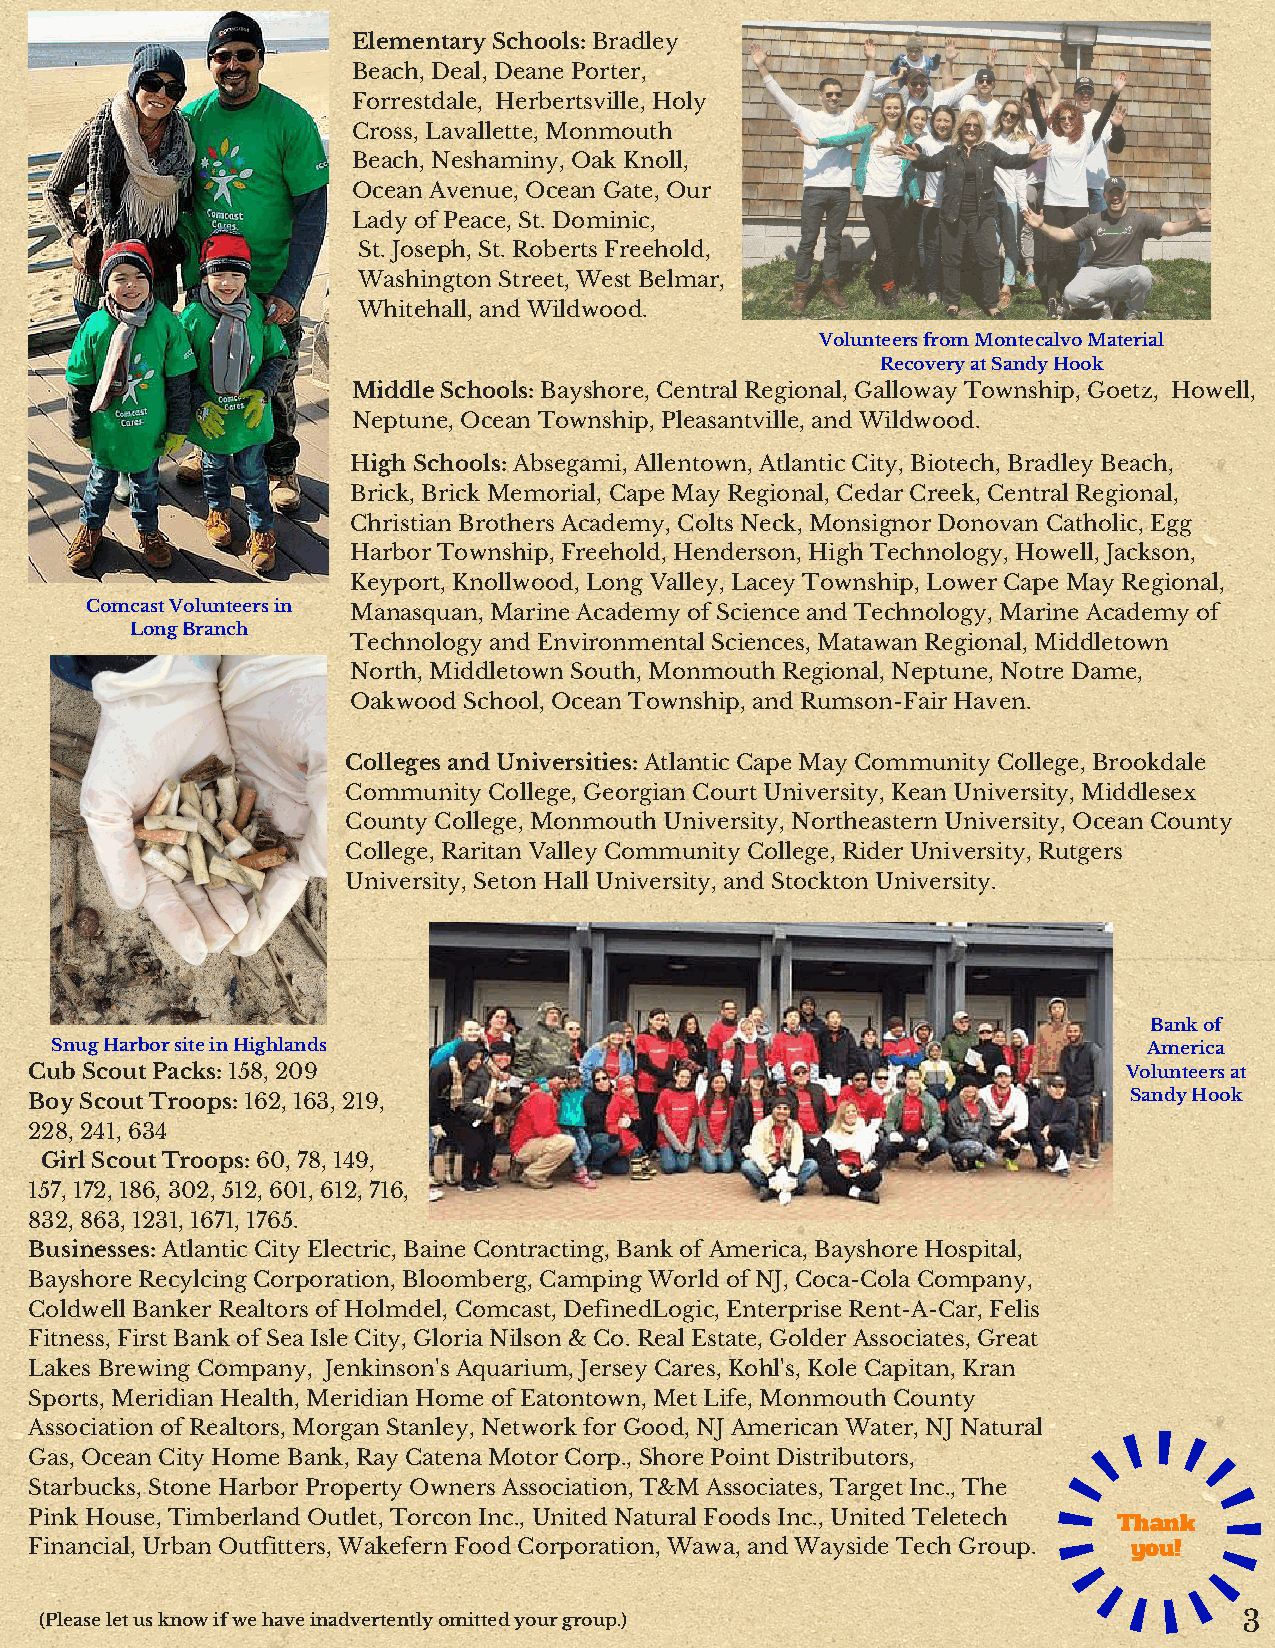
Elementary Schools: Bradley
 Beach, Deal, Deane Porter,
 Forrestdale, Herbertsville, Holy
 Cross, Lavallette, Monmouth
 Beach, Neshaminy, Oak Knoll,
 Ocean Avenue, Ocean Gate, Our
 Lady of Peace, St. Dominic,
 St. Joseph, St. Roberts Freehold,
 Washington Street, West Belmar,
 Whitehall, and Wildwood.
 Volunteers from Montecalvo Material
 Recovery at Sandy Hook
 Middle Schools: Bayshore, Central Regional, Galloway Township, Goetz, Howell,
 Neptune, Ocean Township, Pleasantville, and Wildwood.
 High Schools: Absegami, Allentown, Atlantic City, Biotech, Bradley Beach,
 Brick, Brick Memorial, Cape May Regional, Cedar Creek, Central Regional,
 Christian Brothers Academy, Colts Neck, Monsignor Donovan Catholic, Egg
 Harbor Township, Freehold, Henderson, High Technology, Howell, Jackson,
 Keyport, Knollwood, Long Valley, Lacey Township, Lower Cape May Regional,
 Comcast Volunteers in Manasquan, Marine Academy of Science and Technology, Marine Academy of
 Long Branch
 Technology and Environmental Sciences, Matawan Regional, Middletown
 North, Middletown South, Monmouth Regional, Neptune, Notre Dame,
 Oakwood School, Ocean Township, and Rumson-Fair Haven.
 Colleges and Universities: Atlantic Cape May Community College, Brookdale
 Community College, Georgian Court University, Kean University, Middlesex
 County College, Monmouth University, Northeastern University, Ocean County
 College, Raritan Valley Community College, Rider University, Rutgers
 University, Seton Hall University, and Stockton University.
 Bank of
 Snug Harbor site in Highlands                                            America
 Cub Scout Packs: 158, 209                                                Volunteers at
 Boy Scout Troops: 162, 163, 219,                                         Sandy Hook
 228, 241, 634
 Girl Scout Troops: 60, 78, 149,
 157, 172, 186, 302, 512, 601, 612, 716,
 832, 863, 1231, 1671, 1765.
 Businesses: Atlantic City Electric, Baine Contracting, Bank of America, Bayshore Hospital,
 Bayshore Recylcing Corporation, Bloomberg, Camping World of NJ, Coca-Cola Company,
 Coldwell Banker Realtors of Holmdel, Comcast, DefinedLogic, Enterprise Rent-A-Car, Felis
 Fitness, First Bank of Sea Isle City, Gloria Nilson & Co. Real Estate, Golder Associates, Great
 Lakes Brewing Company, Jenkinson's Aquarium, Jersey Cares, Kohl's, Kole Capitan, Kran
 Sports, Meridian Health, Meridian Home of Eatontown, Met Life, Monmouth County
 Association of Realtors, Morgan Stanley, Network for Good, NJ American Water, NJ Natural
 Gas, Ocean City Home Bank, Ray Catena Motor Corp., Shore Point Distributors,
 Starbucks, Stone Harbor Property Owners Association, T&M Associates, Target Inc., The
 Pink House, Timberland Outlet, Torcon Inc., United Natural Foods Inc., United Teletech
 Thank
 Financial, Urban Outfitters, Wakefern Food Corporation, Wawa, and Wayside Tech Group. you!
 (Please let us know if we have inadvertently omitted your group.)              3